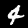
Digit: 4